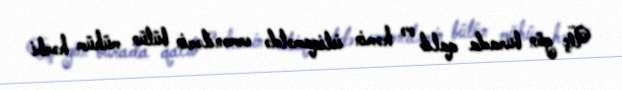
Üç gün burada qalıb və həmin istiqamətdə ermənilərin bütün mühüm hərbi